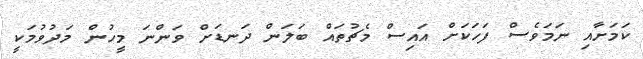
ކަމަށާއި ނަމަވެސް ފަހަކަށް އައިސް މެޗުތައް ބަލަން ދަނޑަށް ވަންނަ މީހުން މަދުވުމަކީ